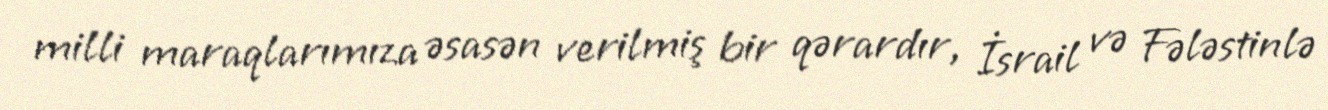
milli maraqlarımıza əsasən verilmiş bir qərardır, İsrail və Fələstinlə